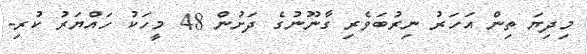
މިދިޔަ ތިން އަހަރު ނިރުބަވެރި ގާނޫނުގެ ދަށުން 48 މީހަކު ހައްޔަރު ކުރި-